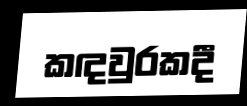
කඳවුරකදී